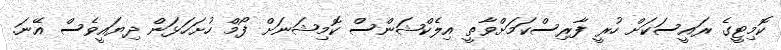
ކޮމިޓީގެ ރައީސަކަށް ހުރީ ފާރިސްކަމަށްވާތީ އިލެކްޝަންސް ކޮމިޝަނަށް ފޯމް ހުށަހަޅަން ދިޔައީވެސް އޭނަ.